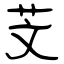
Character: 芠